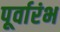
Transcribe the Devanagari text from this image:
पूर्वारंभ